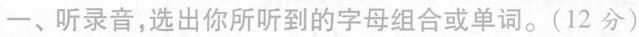
一、听录音,选出你所听到的字母组合或单词.(12 分)